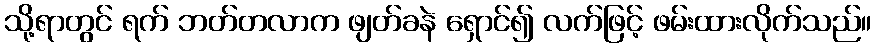
သို့ရာတွင် ရက် ဘတ်တလာက ဖျတ်ခနဲ ရှောင်၍ လက်ဖြင့် ဖမ်းထားလိုက်သည်။